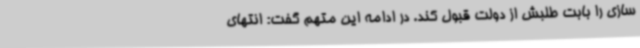
سازی را بابت طلبش از دولت قبول کند. در ادامه این متهم گفت: انتهای